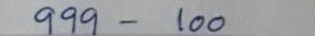
999 - 100